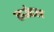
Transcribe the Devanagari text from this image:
राउंडल